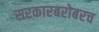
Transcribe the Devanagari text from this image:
सरकारबरोबरच